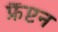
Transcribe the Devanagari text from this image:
फ्रैंप्टन